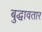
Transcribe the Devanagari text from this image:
बुद्धावतार